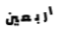
اربعين